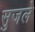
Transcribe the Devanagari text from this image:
सुजले